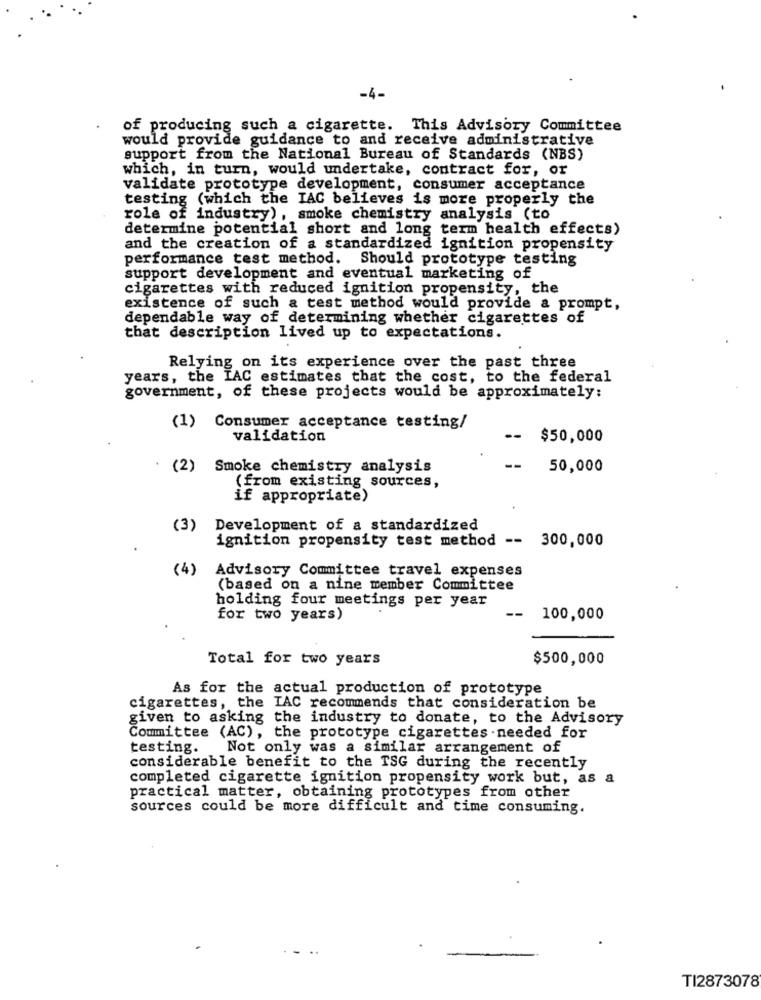
-4-
of producing such a cigarette. This Advisory Committee
would provide guidance to and receive administrative
support from the National Bureau of Standards (NBS)
which, in turn, would undertake, contract for, or
validate prototype development, consumer acceptance
testing (which the IAC believes is more properly the
role of industry), smoke chemistry analysis (to
determine potential short and long term health effects)
and the creation of a standardized ignition propensity
performance test method. Should prototype testing
support development and eventual marketing of
cigarettes with reduced ignition propensity, the
existence of such a test method would provide a prompt,
dependable way of determining whether cigarettes of
that description lived up to expectations.
Relying on its experience over the past three
years, the IAC estimates that the cost, to the federal
government, of these projects would be approximately:
(1) Consumer acceptance testing/
validation
--
$50,000
(2) Smoke chemistry analysis
50,000
(from existing sources,
if appropriate)
(3)
Development of a standardized
ignition propensity test method -- 300,000
(4)
Advisory Committee travel expenses
(based on a nine member Committee
holding four meetings per year
for two years)
100,000
Total for two years
$500,000
As for the actual production of prototype
cigarettes, the TAC recommends that consideration be
given to asking the industry to donate, to the Advisory
Committee (AC), the prototype cigarettes . needed for
testing.
Not only was a similar arrangement of
considerable benefit to the TSG during the recently
completed cigarette ignition propensity work but, as a
practical matter, obtaining prototypes from other
sources could be more difficult and time consuming.
TI2873078